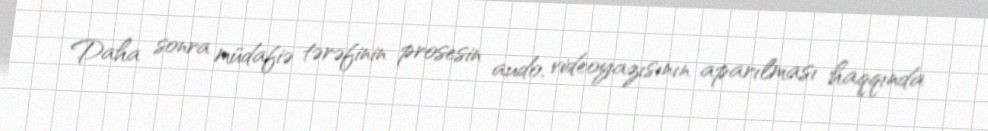
Daha sonra müdafiə tərəfinin prosesin audo, videoyazısının aparılması haqqında